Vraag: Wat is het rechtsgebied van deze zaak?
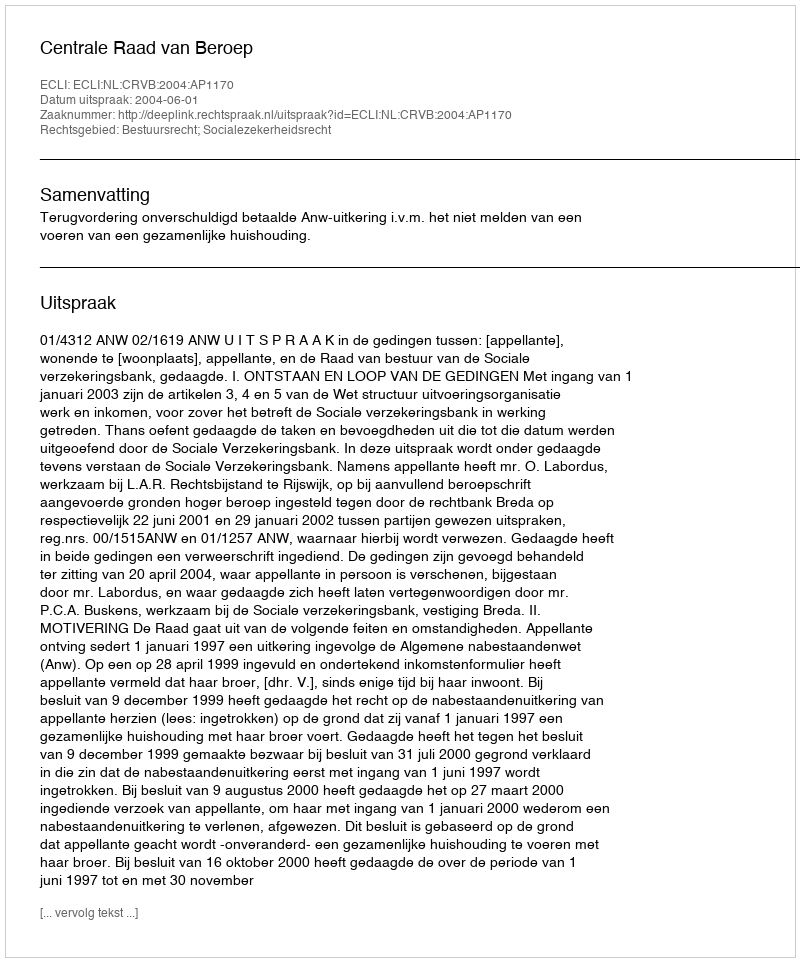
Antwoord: Bestuursrecht; Socialezekerheidsrecht